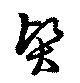
賢